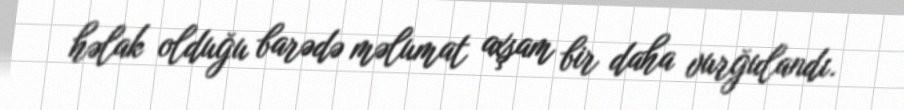
həlak olduğu barədə məlumat axşam bir daha vurğulandı.